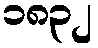
၁၈၃၂